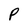
Character: P